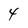
Character: 4